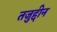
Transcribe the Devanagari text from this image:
तजुद्दीन